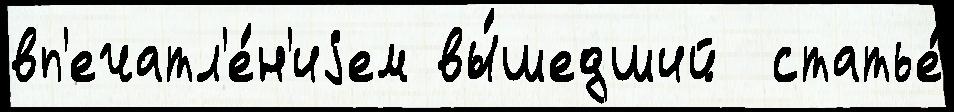
вп'ечатл'е́н'иjем вы́шедший  статье́